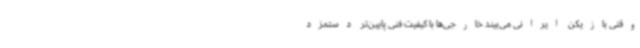
وقتی بازیکن ایرانی می‌بیند خارجی‌ها با کیفیت فنی پایین‌تر دستمزد